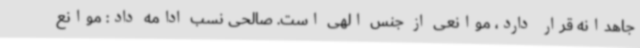
جاهدانه قرار دارد، موانعی از جنس الهی است. صالحی نسب ادامه داد: موانع